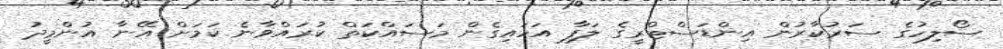
ސޯލިހުގެ ސަރުކާރުން އިންޑަސްޓްރީގެ ލަފާ އަހައިގެން މަސައްކަތް ކުރައްވާނެ ކަމަށް އޭނާ އުންމީދު